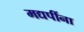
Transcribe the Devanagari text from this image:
मद्यपींना